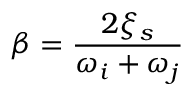
\beta = \frac { 2 \xi _ { s } } { \omega _ { i } + \omega _ { j } }